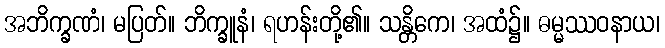
အဘိက္ခဏံ၊ မပြတ်။ ဘိက္ခူနံ၊ ရဟန်းတို့၏။ သန္တိကေ၊ အထံ၌။ ဓမ္မဿဝနာယ၊